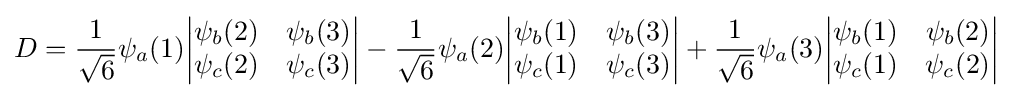
D={\frac {1}{\sqrt {6}}}\psi _{a}(1){\begin{vmatrix}\psi _{b}(2)&\psi _{b}(3)\\\psi _{c}(2)&\psi _{c}(3)\end{vmatrix}}-{\frac {1}{\sqrt {6}}}\psi _{a}(2){\begin{vmatrix}\psi _{b}(1)&\psi _{b}(3)\\\psi _{c}(1)&\psi _{c}(3)\end{vmatrix}}+{\frac {1}{\sqrt {6}}}\psi _{a}(3){\begin{vmatrix}\psi _{b}(1)&\psi _{b}(2)\\\psi _{c}(1)&\psi _{c}(2)\end{vmatrix}}